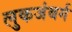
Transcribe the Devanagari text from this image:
लुकजंबर्ग